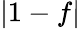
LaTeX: \vert 1-f\vert